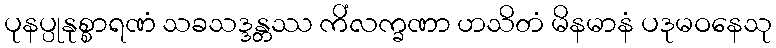
ပုနပ္ပုနုစ္စာရဏံ သခသဒ္ဒန္တဿ ကိံလက္ခဏာ ဟသိတံ မိနမာနံ ပဒုမဝနေသု